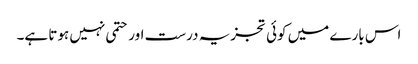
اس بارے میں کوئی تجزیہ درست اور حتمی نہیں ہوتا ہے۔